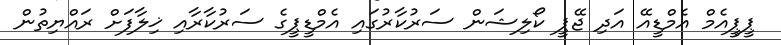
ޕީޕީއެމް އެމްޑީއޭ އަދި ޖޭޕީ ކޯލިޝަން ސަރުކާރުގައި އެމްޑީޕީގެ ސަރުކާރާއި ޚިލާފަށް ރައްޔިތުން